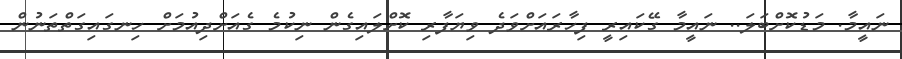
ނައީމާ. މަޑުކޮށްބަލަ.. ނައީމާ ގޭކައިރީ ފިހާރައަށްވަދެ ވިޔަފާރި ކޮށްލައިގެން ނިކުމެ ގެއަށްދިއުމަށް ހިނގައިގަތްތަނުން